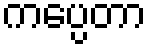
ကပ္ပေတာ